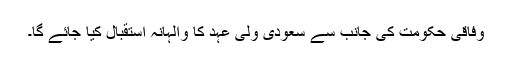
وفاقی حکومت کی جانب سے سعودی ولی عہد کا والہانہ استقبال کیا جائے گا۔